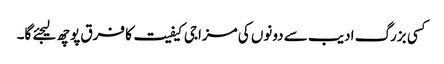
کسی بزرگ ادیب سے دونوں کی مزاجی کیفیت کا فرق پوچھ لیجئے گا۔